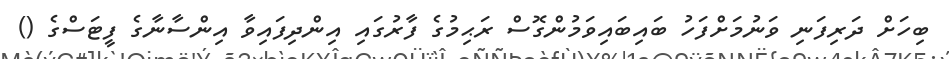
ބިހަށް ދަރިފަނި ވަނުމަށްފަހު ބައިބައިވަމުންގޮސް ރަޙިމުގެ ފާރުގައި އިންދިފައިވާ އިންސާނާގެ ފީޓަސްގެ ()